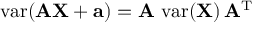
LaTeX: \operatorname { v a r } ( \mathbf { A X } + \mathbf { a } ) = \mathbf { A } \, \operatorname { v a r } ( \mathbf { X } ) \, \mathbf { A } ^ { \mathrm { { T } } }